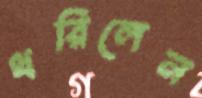
ধরিলেন